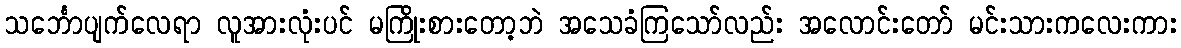
သင်္ဘောပျက်လေရာ လူအားလုံးပင် မကြိုးစားတော့ဘဲ အသေခံကြသော်လည်း အလောင်းတော် မင်းသားကလေးကား